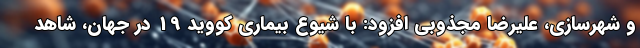
و شهرسازی، علیرضا مجذوبی افزود: با شیوع بیماری کووید 19 در جهان، شاهد